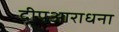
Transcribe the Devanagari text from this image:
दीपआराधना